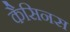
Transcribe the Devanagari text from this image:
कैसिनस